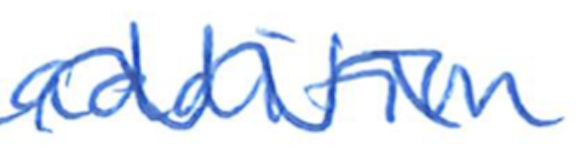
Text: addition
Cross-out: wave
Writing tool: ballpoint